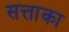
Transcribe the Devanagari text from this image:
सत्ताका